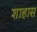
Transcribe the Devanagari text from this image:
शाहास